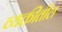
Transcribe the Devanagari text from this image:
व्यक्तीतील